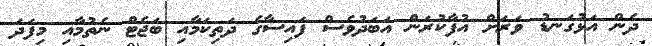
ދެން އަޅުގަނޑު ވަރަށް އުފާކުރަން އަބަދުވެސް ފައިސާގެ ދަތިކަމާއި ބަޖެޓް ނެތުމާއި މިފަދަ